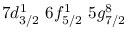
7 d _ { 3 / 2 } ^ { 1 } \, \, 6 f _ { 5 / 2 } ^ { 1 } \, \, 5 g _ { 7 / 2 } ^ { 8 }